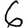
Digit: 6